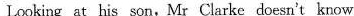
Looking at his son,Mr Clarke doesn't know